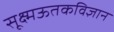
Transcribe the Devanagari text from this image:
सूक्ष्मऊतकविज्ञान